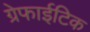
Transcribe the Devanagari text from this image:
ग्रेफाईटिक